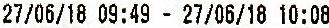
27/06/18 09:49 - 27/06/18 10:08